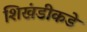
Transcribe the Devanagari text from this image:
शिखंडीकडे